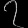
Digit: ၇